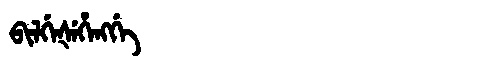
Manchu: ᠪᡳᠯᡤᡝᡧᡝᡥᡝᠩᡤᡝ
Romanization: BILGEŠEHENGGE